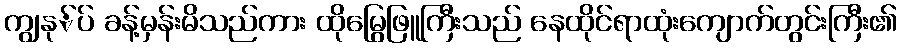
ကျွနု်ပ် ခန့်မှန်းမိသည်ကား ထိုမြွေဖြူကြီးသည် နေထိုင်ရာထုံးကျောက်တွင်းကြီး၏